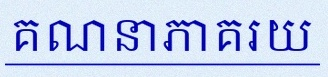
គណនាភាគរយ